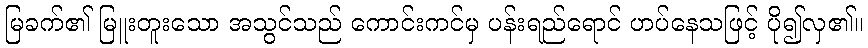
မြခက်၏ မြူးတူးသော အသွင်သည် ကောင်းကင်မှ ပန်းရည်ရောင် ဟပ်နေသဖြင့် ပို၍လှ၏။